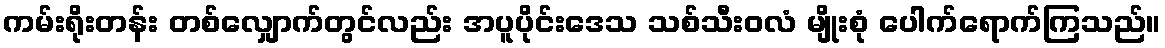
ကမ်းရိုးတန်း တစ်လျှောက်တွင်လည်း အပူပိုင်းဒေသ သစ်သီးဝလံ မျိုးစုံ ပေါက်ရောက်ကြသည်။